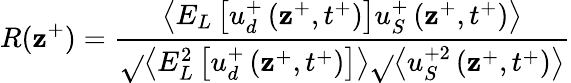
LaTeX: R(\mathbf{z}^{+})=\frac{{\left<E_{L}\left[u_{d}^{+}\left(\mathbf{z}^{+},t^{+}\right)\right]u_{S}^{+}\left(\mathbf{z}^{+},t^{+}\right)\right>}}{{\sqrt{}{{\left<E_{L}^{2}\left[u_{d}^{+}\left(\mathbf{z}^{+},t^{+}\right)\right]\right>}}\sqrt{}{{\left<u_{S}^{+2}\left(\mathbf{z}^{+},t^{+}\right)\right>}}}}